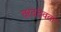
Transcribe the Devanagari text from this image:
वरददेवता